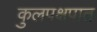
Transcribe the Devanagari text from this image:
कुलपक्षपात